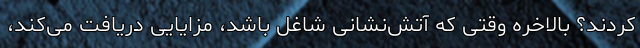
کردند؟ بالاخره وقتی که آتش‌نشانی شاغل باشد، مزایایی دریافت می‌کند،